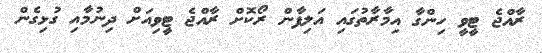
ރާއްޖެ ޓީވީ ހިންގާ އިމާރާތުގައި އަލިފާން ރޯކޮށް ރާއްޖެ ޓީވިއަށް ދިނުމާއި ގުޅިގެން